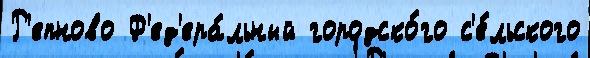
Р'епново Ф'ед'ера́льный городско́го с'е́льского